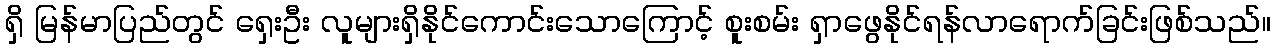
ရှိ မြန်မာပြည်တွင် ရှေးဦး လူများရှိနိုင်ကောင်းသောကြောင့် စူးစမ်း ရှာဖွေနိုင်ရန်လာရောက်ခြင်းဖြစ်သည်။